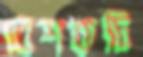
বেশকটি